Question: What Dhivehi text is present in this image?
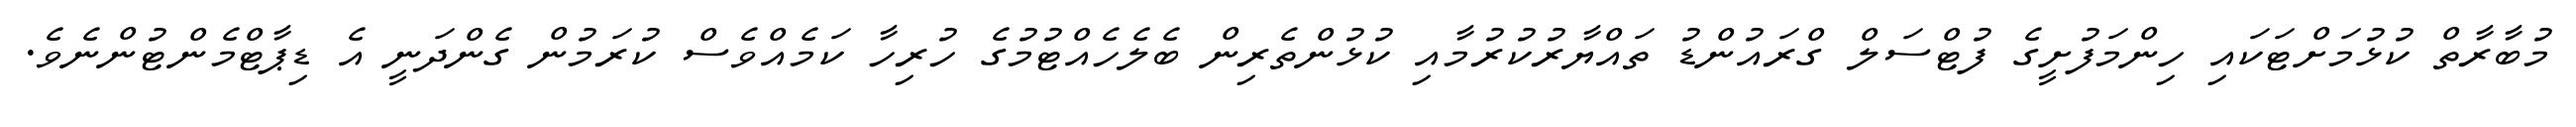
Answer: މުބާރާތް ކުޅުމަށްޓަކައި ހިންމަފުށީގެ ފުޓްސަލް ގްރައުންޑު ތައްޔާރުކުރުމާއި ކުޅުންތެރިން ބެލެހެއްޓުމުގެ ހުރިހާ ކަމެއްވެސް ކުރަމުން ގެންދަނީ އެ ޑިޕާޓްމެންޓުންނެވެ.